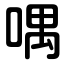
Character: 喁